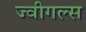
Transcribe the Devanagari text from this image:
ज्वीगल्स